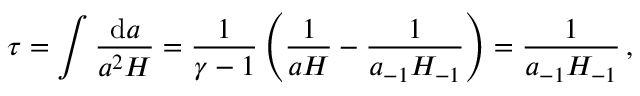
\tau = \int \frac { \mathrm { d } a } { a ^ { 2 } H } = \frac { 1 } { \gamma - 1 } \left( \frac { 1 } { a H } - \frac { 1 } { a _ { - 1 } H _ { - 1 } } \right) = \frac { 1 } { a _ { - 1 } H _ { - 1 } } \, ,